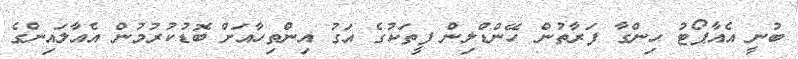
ބުނީ އެއާޕޯޓު ހިންގާ ފަރާތުން ހޭންޑްލިން ފީތަކުގެ އަގު އިންތިހާއަށް ބޮޑުކުރުމުން އެއާލައިންގެ